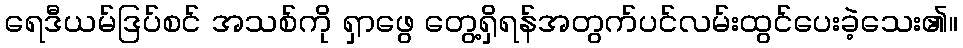
ရေဒီယမ်ဒြပ်စင် အသစ်ကို ရှာဖွေ တွေ့ရှိရန်အတွက်ပင်လမ်းထွင်ပေးခဲ့သေး၏။